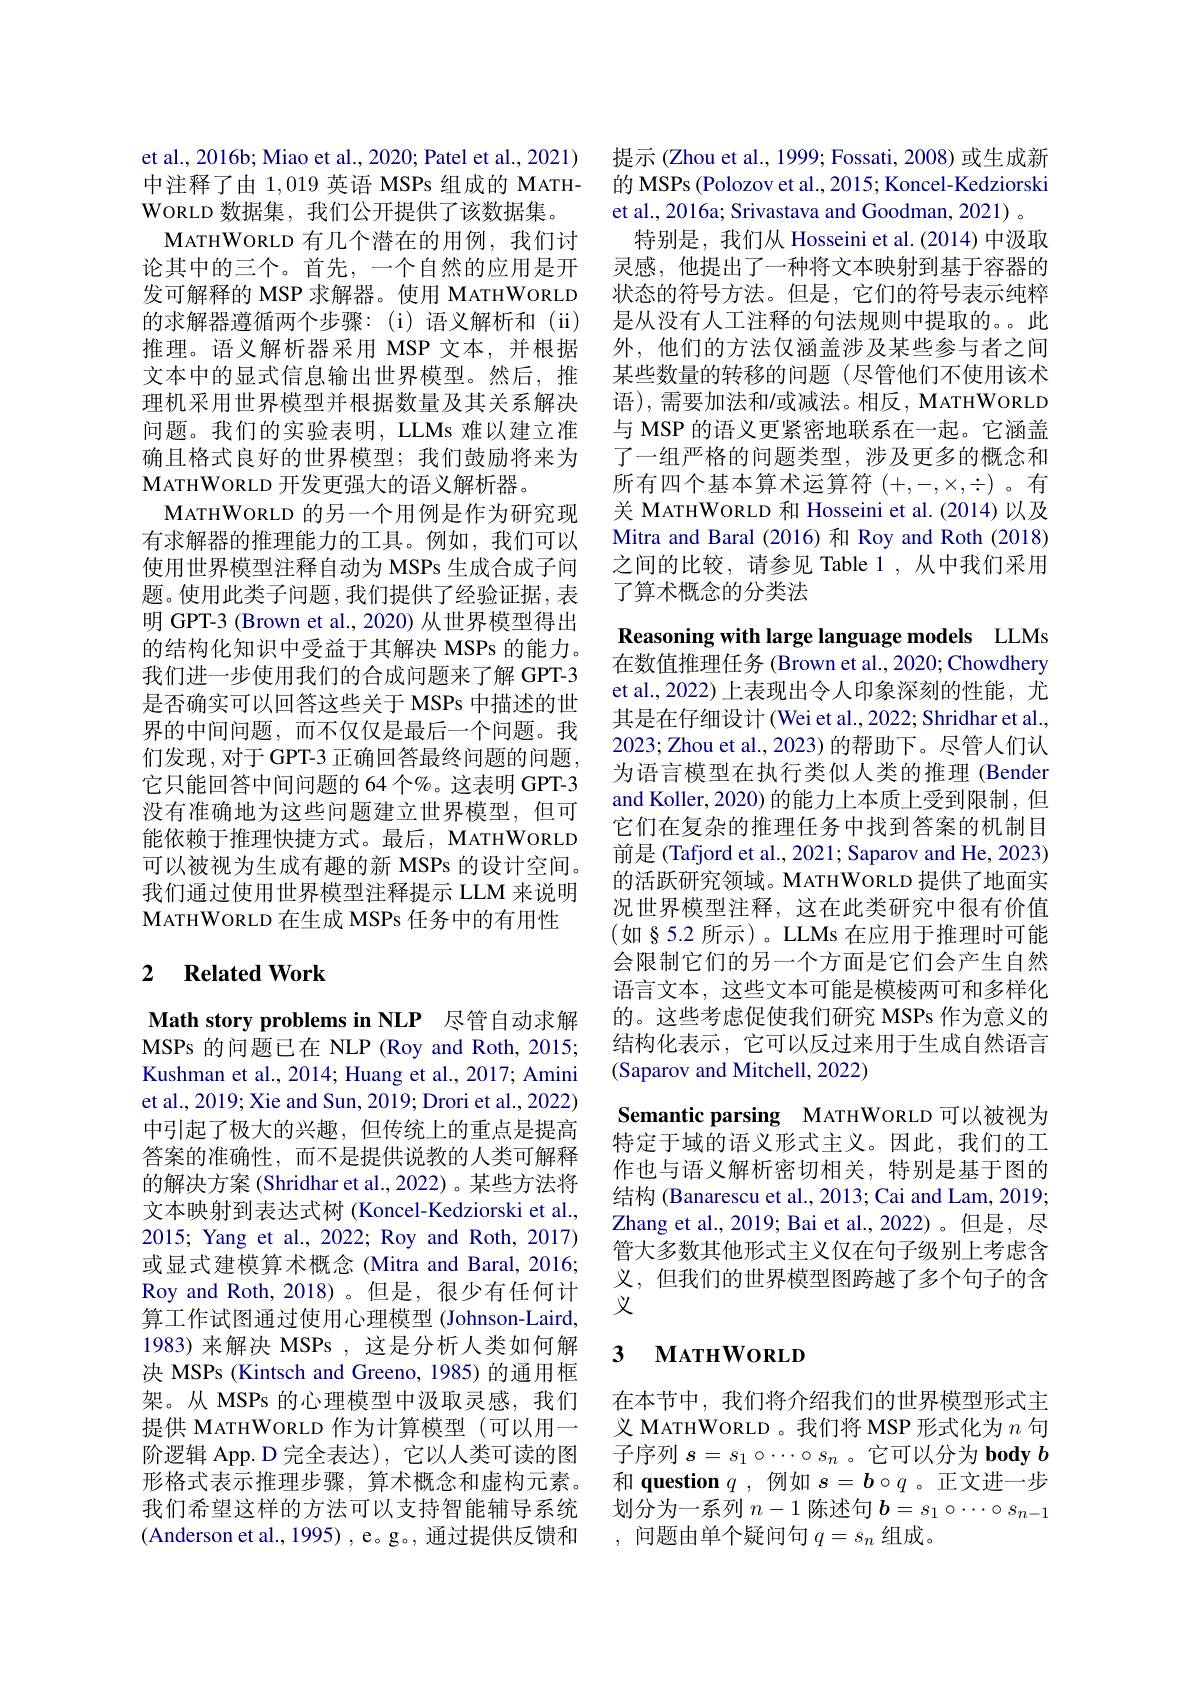
et al., 2016b; Miao et al., 2020; Patel et al., 2021) 中注释了由1，019英语 MSPs 组成的 MATHWORLD 数据集，我们公开提供了该数据集。
MATHWORLD 有几个潜在的用例，我们讨论其中的三个。首先，一个自然的应用是开发可解释的 MSP 求解器。使用 MATHWORLD 的求解器遵循两个步骤：(i)语义解析和(ii) 推理。语义解析器采用 MSP 文本，并根据文本中的显式信息输出世界模型。然后，推理机采用世界模型并根据数量及其关系解决问题。我们的实验表明，LLMs 难以建立准确且格式良好的世界模型；我们鼓励将来为MATHWORLD 开发更强大的语义解析器。
MATHWORLD 的另一个用例是作为研究现有求解器的推理能力的工具。例如，我们可以使用世界模型注释自动为 MSPs 生成合成子问题。使用此类子问题，我们提供了经验证据，表明 GPT-3 (Brown et al., 2020) 从世界模型得出的结构化知识中受益于其解决 MSPs 的能力。我们进一步使用我们的合成问题来了解 GPT-3是否确实可以回答这些关于 MSPs 中描述的世界的中间问题，而不仅仅是最后一个问题。我们发现，对于 GPT-3 正确回答最终问题的问题， 它只能回答中间问题的 64 个%。这表明 GPT-3没有准确地为这些问题建立世界模型，但可能依赖于推理快捷方式。最后，MATHWORLD 可以被视为生成有趣的新 MSPs 的设计空间。我们通过使用世界模型注释提示 LLM 来说明MATHWORLD 在生成 MSPs 任务中的有用性

## 2 $\textbf{Related Work}$

Math story problems in NLP 尽管自动求解MSPs 的问题已在 NLP (Roy and Roth, 2015; Kushman et al., 2014; Huang et al., 2017; Amini et al., 2019; Xie and Sun, 2019; Drori et al., 2022) 中引起了极大的兴趣，但传统上的重点是提高答案的准确性，而不是提供说教的人类可解释的解决方案 (Shridhar et al., 2022) 。某些方法将文本映射到表达式树 (Koncel-Kedziorski et al., 2015; Yang et al., 2022; Roy and Roth, 2017) 或显式建模算术概念 (Mitra and Baral, 2016; Roy and Roth,2018)。但是，很少有任何计算工作试图通过使用心理模型 (Johnson-Laird, 1983) 来解决 MSPs ,这是分析人类如何解决 MSPs (Kintsch and Greeno, 1985) 的通用框架。从 MSPs 的心理模型中汲取灵感，我们提供 MATHWORLD 作为计算模型 (可以用一阶逻辑 App. D 完全表达), 它以人类可读的图形格式表示推理步骤，算术概念和虚构元素。我们希望这样的方法可以支持智能辅导系统(Anderson et al., 1995) , e。g。, 通过提供反馈和

提示 (Zhou et al., 1999; Fossati, 2008) 或生成新的 MSPs (Polozov et al., 2015; Koncel-Kedziorski et al., 2016a; Srivastava and Goodman, 2021) 。
特别是，我们从 Hosseini et al.(2014) 中汲取灵感，他提出了一种将文本映射到基于容器的状态的符号方法。但是，它们的符号表示纯粹是从没有人工注释的句法规则中提取的。此外，他们的方法仅涵盖涉及某些参与者之间某些数量的转移的问题(尽管他们不使用该术语),需要加法和/或减法。相反，MATHWORLD 与 MSP 的语义更紧密地联系在一起。它涵盖了一组严格的问题类型，涉及更多的概念和所有四个基本算术运算符$(+,-,\times,\div)$。有关 MATHWORLD 和 Hosseini et al.(2014)以及Mitra and Baral (2016) 和 Roy and Roth (2018) 之间的比较，请参见 Table 1 ,从中我们采用了算术概念的分类法

Reasoning with large language models LLMs

在数值推理任务 (Brown et al., 2020; Chowdhery

et al.,2022) 上表现出令人印象深刻的性能，尤其是在仔细设计 (Wei et al., 2022; Shridhar et al., 2023; Zhou et al., 2023) 的帮助下。尽管人们认为语言模型在执行类似人类的推理 (Bender and Koller, 2020) 的能力上本质上受到限制，但它们在复杂的推理任务中找到答案的机制目前是(Tafjord et al., 2021; Saparov and He, 2023) 的活跃研究领域。MATHWORLD 提供了地面实况世界模型注释，这在此类研究中很有价值$(如§5.2$所示)。LLMs 在应用于推理时可能会限制它们的另一个方面是它们会产生自然语言文本，这些文本可能是模棱两可和多样化的。这些考虑促使我们研究 MSPs 作为意义的结构化表示，它可以反过来用于生成自然语言(Saparov and Mitchell, 2022)
Semantic parsing MATHWORLD 可以被视为特定于域的语义形式主义。因此，我们的工作也与语义解析密切相关，特别是基于图的结构 (Banarescu et al., 2013; Cai and Lam, 2019; Zhang et al., 2019; Bai et al., 2022)。但是，尽管大多数其他形式主义仅在句子级别上考虑含义，但我们的世界模型图跨越了多个句子的含

义

## 3 МАтнWORLD

在本节中，我们将介绍我们的世界模型形式主义 MATHWORLD 。我们将 MSP 形式化为$n$句子序列$s=s_1\circ\cdots\circ s_n$ 。它可以分为 body $b$ 和 question $q$ ,例如$s=\boldsymbol{b}\circ q$ 。正文进一步划分为一系列$n-1$陈述句$b=s_1\circ\cdots\circ s_{n-1}$ ,问题由单个疑问句$q=s_n$组成。